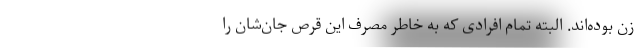
زن بوده‌اند. البته تمام افرادی که به خاطر مصرف این قرص جان‌شان را